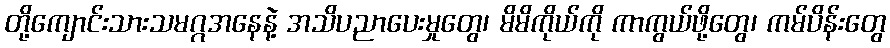
တို့ကျောင်းသားသမဂ္ဂအနေနဲ့ အသိပညာပေးမှုတွေ၊ မိမိကိုယ်ကို ကာကွယ်ဖို့တွေ၊ ကမ်ပိန်းတွေ